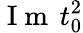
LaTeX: \mathrm{~I~m~}\, t_{0}^{2}